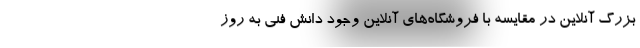
بزرگ آنلاین در مقایسه با فروشگاه‌های آنلاین‌ وجود دانش فنی به روز